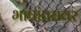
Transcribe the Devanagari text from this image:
भाषांतरावर